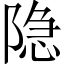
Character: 隐